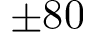
\pm 8 0